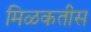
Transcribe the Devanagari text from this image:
मिळकतीस